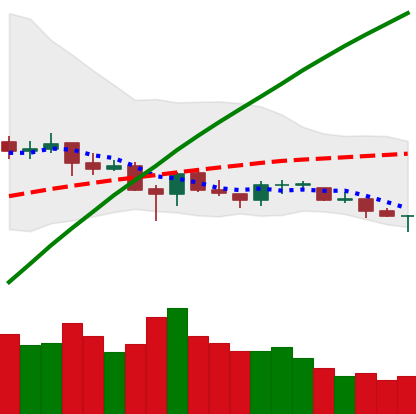
Ticker: ETC-USD
Chart end date: 2021-06-20
Forward return: -22.473%
Label: down_7plus